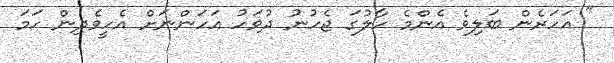
" އަހަރެން ބަލިވެ އެންމެ ހާލުގަ ޖެހުނު ދުވަހު އަހަންނަށް އެހީވެދިން ހަމަ